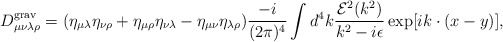
\begin{align*}D^{\rm grav}_{\mu\nu\lambda\rho}=(\eta_{\mu\lambda}\eta_{\nu\rho}+\eta_{\mu\rho}\eta_{\nu\lambda}-\eta_{\mu\nu}\eta_{\lambda\rho})\frac{-i}{(2\pi)^4}\int d^4k\frac{{\cal E}^2(k^2)}{k^2-i\epsilon}\exp[ik\cdot(x-y)],\end{align*}